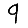
Digit: 9